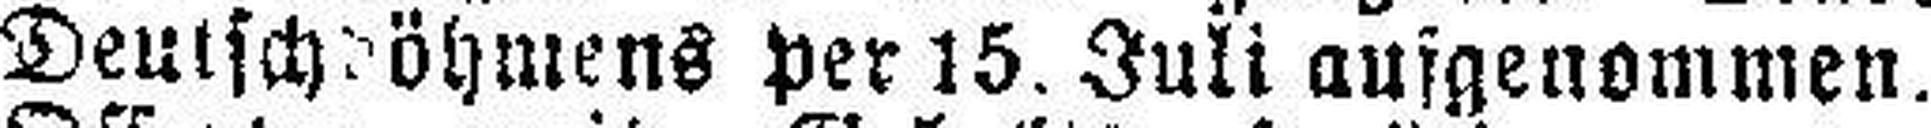
Deutschdöhmens per 15. Juli ausgenommen.